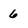
Character: 6